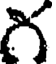
గ